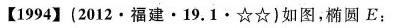
【1994】(2012·福建·19.1·☆☆)如图，椭圆E：